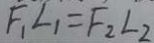
F _ { 1 } L _ { 1 } = F _ { 2 } L 2